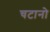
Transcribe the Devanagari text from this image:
चटानो